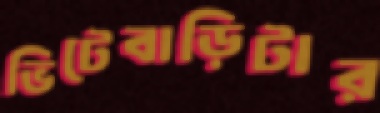
ভিটেবাড়িটার